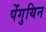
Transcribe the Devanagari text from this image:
पेंगुयिन